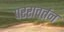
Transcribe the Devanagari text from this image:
पररावर्तन